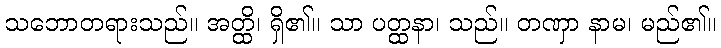
သဘောတရားသည်။ အတ္ထိ၊ ရှိ၏။ သာ ပတ္ထနာ၊ သည်။ တဏှာ နာမ၊ မည်၏။